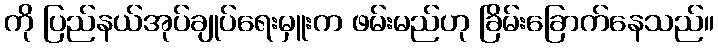
ကို ပြည်နယ်အုပ်ချုပ်ရေးမှူးက ဖမ်းမည်ဟု ခြိမ်းခြောက်နေသည်။